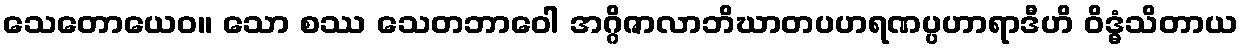
သေတောယေဝ။ သော စဿ သေတဘာဝေါ အဂ္ဂိဇာလာဘိဃာတပဟရဏပ္ပဟာရာဒီဟိ ဝိဒ္ဓံသိတာယ